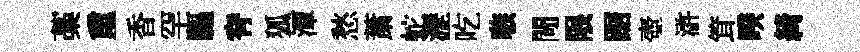
藁重香罕驅脊狐潭愁䔥蛇瀝吃嗾閜限踞壺滸䇯暌綺